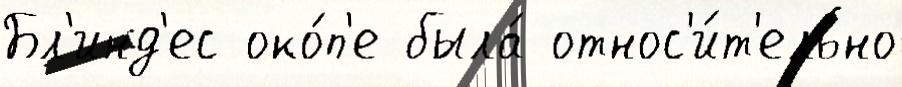
Бл'инд'ес око́п'е была́ относ'и́т'ельно